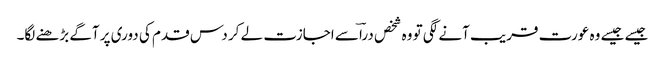
جیسے جیسے وہ عورت قریب آنے لگی تو وہ شخص دراؔ سے اجازت لے کر دس قدم کی دوری پر آگے بڑھنے لگا۔